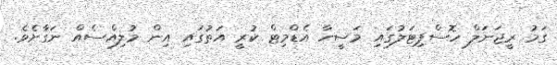
ގަމު ރީޖަނަލް ހޮސްޕިޓަލުގައި މަސީހާ އެޑްމިޓް ކުރީ އަތުގައި އިން މުލިއްސެއް ނަގާށެވެ.